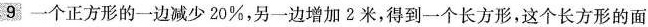
9 一个正方形的一边减少 20%，另一边增加 2 米，得到一个长方形，这个长方形的面